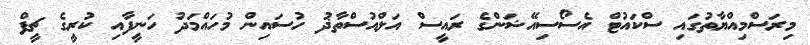
މިރަސްމިއްޔާތުގައި ސްކައުޓް އެސޯސިއޭޝަންގެ ރައީސް އަލްއުސްތާޛު ހުސައިން މުހައްމަދު ހަނީފާއި ކުރީގެ ޗީފް